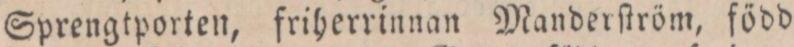
Sprengtporten, friherrinnan Manderſtröm, född